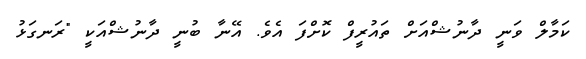
ކަމާލް ވަނީ ދާނުޝްއަށް ތައުރީފް ކޮށްފަ އެވެ. އޭނާ ބުނީ ދާނުޝްއަކީ "ރަނގަޅު